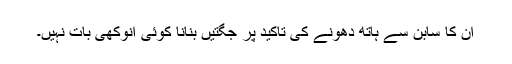
ان کا سابن سے ہاتھ دھونے کی تاکید پر جگتیں بنانا کوئی انوکھی بات نہیں۔